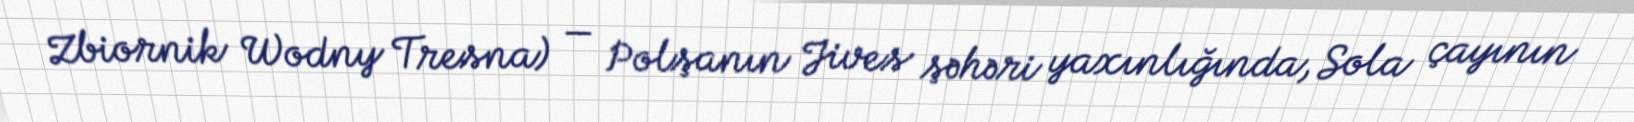
Zbiornik Wodny Tresna) — Polşanın Jives şəhəri yaxınlığında, Sola çayının